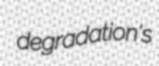
degradation's